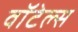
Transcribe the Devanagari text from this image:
वॉटेल्स